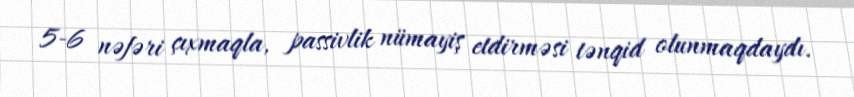
5-6 nəfəri çıxmaqla, passivlik nümayiş etdirməsi tənqid olunmaqdaydı.